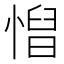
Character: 𢞦